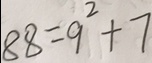
8 8 = 9 ^ { 2 } + 7